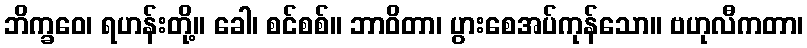
ဘိက္ခဝေ၊ ရဟန်းတို့။ ခေါ၊ စင်စစ်။ ဘာဝိတာ၊ ပွားစေအပ်ကုန်သော။ ဗဟုလီကတာ၊